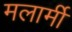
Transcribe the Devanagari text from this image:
मलार्मी